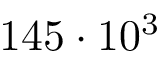
1 4 5 \cdot 1 0 ^ { 3 }